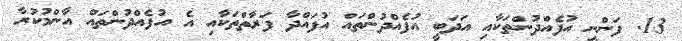
13. ފަންނީ އުފެއްދުންތަކާއި އަދަބީ އުފެއްދުންތައް އުފައްދާ ފަރާތްތަކާއި އެ އުފެއްދުންތައް އާންމުކުރާ